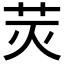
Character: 𰰬